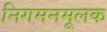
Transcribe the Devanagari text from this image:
निगमनमूलक